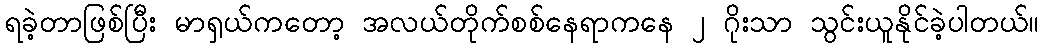
ရခဲ့တာဖြစ်ပြီး မာရှယ်ကတော့ အလယ်တိုက်စစ်နေရာကနေ ၂ ဂိုးသာ သွင်းယူနိုင်ခဲ့ပါတယ်။